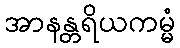
အာနန္တရိယကမ္မံ